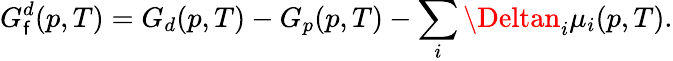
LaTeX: G_{\mathsf{f}}^{d}(p,T)=G_{d}(p,T)-G_{p}(p,T)-\sum_{i}\Deltan_{i}\mu_{i}(p,T).